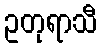
ဥတုရာသီ